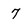
Character: 7